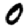
Digit: 0